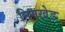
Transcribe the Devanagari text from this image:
निमखेड